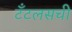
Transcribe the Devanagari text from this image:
टँटलसची